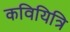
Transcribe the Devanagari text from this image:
कवियित्रि